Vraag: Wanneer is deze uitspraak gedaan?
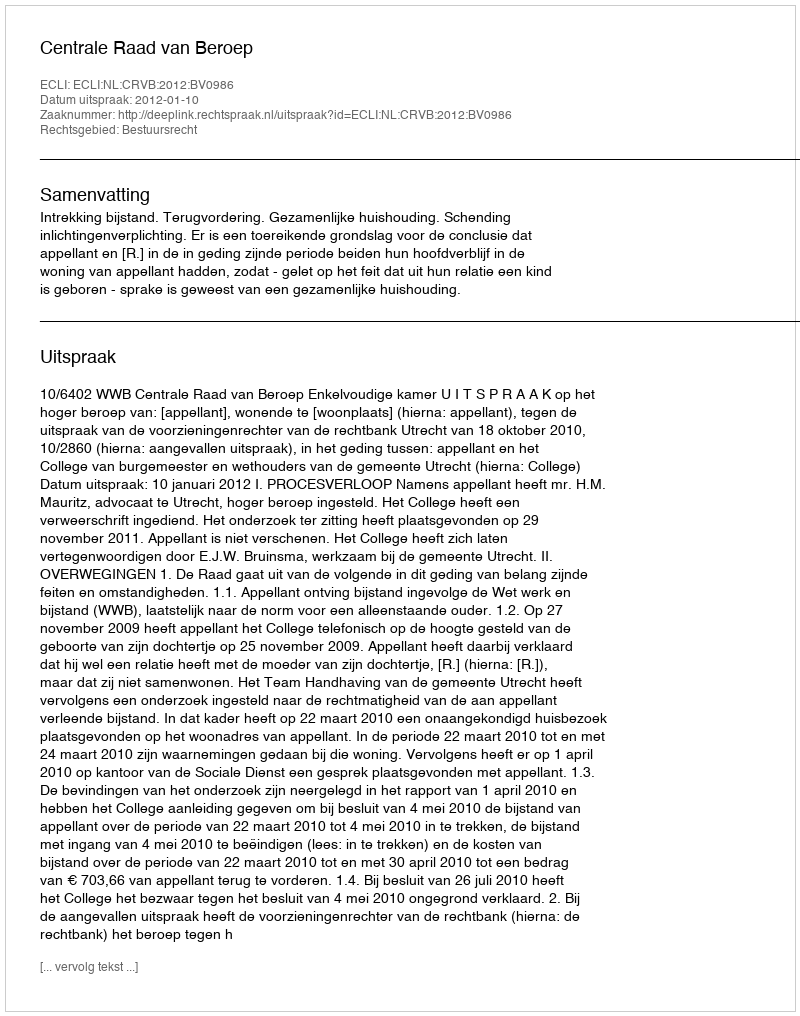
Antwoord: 2012-01-10